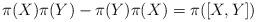
LaTeX: \begin{align*}\pi(X)\pi(Y) - \pi(Y)\pi(X) = \pi([X,Y])\end{align*}